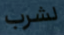
لشرب